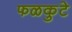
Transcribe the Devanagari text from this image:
फळकुटे